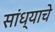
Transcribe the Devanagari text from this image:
सांध्याचे